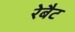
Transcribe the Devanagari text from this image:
रेबैट